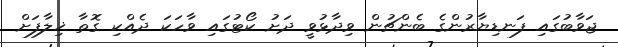
ޖަވާބުގައި ފަނޑިޔާރުންގެ ބެންޗުން ވިދާޅުވީ ދަށު ކޯޓުގައި ވާހަކަ ދެއްކި ގޮތާ ޚިލާފަށް